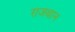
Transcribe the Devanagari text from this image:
राजथान